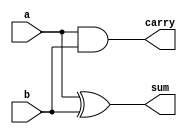
module half_adder (
    a,
    b,
    carry,
    sum
);

  input a, b;
  output carry, sum;

  assign carry = a & b;  // & = and
  assign sum   = a ^ b;  // ^ = XOR

endmodule

`timescale 1ns / 1ps

module testbench;

  reg a, b;
  wire carry, sum;


  initial begin
    a = 1'b0;
    b = 1'b0;

    #2 a = 1'b0;
    b = 1'b1;

    #2 a = 1'b1;
    b = 1'b0;

    #2 a = 1'b1;
    b = 1'b1;

  end

  initial $monitor("time = %g, a = %b, b = %b, carry = %b, sum = %b", $time, a, b, carry, sum);

  half_adder dut (
      a,
      b,
      carry,
      sum
  );

  initial #10 $finish;
endmodule

/*OUTPUT:
time = 0, a = 0, b = 0, carry = 0, sum = 0
time = 2, a = 0, b = 1, carry = 0, sum = 1
time = 4, a = 1, b = 0, carry = 0, sum = 1
time = 6, a = 1, b = 1, carry = 1, sum = 0
*/